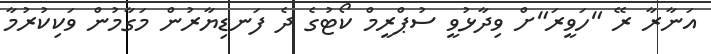
އަނާރާ ރޭ "ހަވީރަ"ށް ވިދާޅުވީ ސުޕްރީމް ކޯޓުގެ ދެ ފަނޑިޔާރުން މަގާމުން ވަކިކުރުމާ